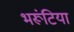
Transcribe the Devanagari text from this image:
भरूंटिया